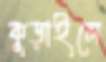
কুড়াইলে